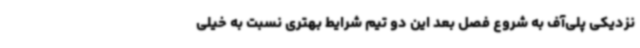
نزدیکی پلی‌آف به شروع فصل بعد این دو تیم شرایط بهتری نسبت به خیلی